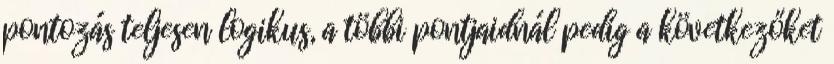
pontozás teljesen logikus, a többi pontjaidnál pedig a következőket